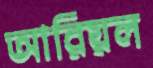
আরিয়ল